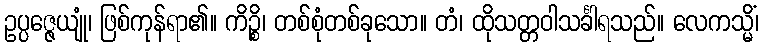
ဥပ္ပဇ္ဇေယျုံ၊ ဖြစ်ကုန်ရာ၏။ ကိဉ္စိ၊ တစ်စုံတစ်ခုသော။ တံ၊ ထိုသတ္တဝါသင်္ခါရသည်။ လေကသ္မိံ၊